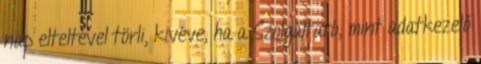
nap elteltével törli, kivéve, ha a Szolgáltató, mint adatkezelő